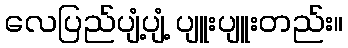
လေပြည်ပျံ့ပျံ့ ပျူးပျူးတည်း။